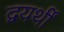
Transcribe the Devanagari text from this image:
द्वयर्थीं